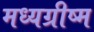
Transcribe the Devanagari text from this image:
मध्यग्रीष्म